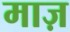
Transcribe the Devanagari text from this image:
माज़